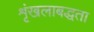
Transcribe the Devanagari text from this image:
शृंखलाबद्धता